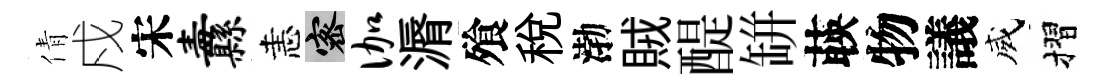
倩戍宋纛恚密伽漘飱税渤賊醍缾𦴤物議威摺